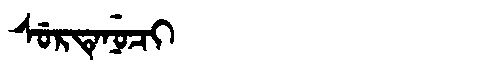
Manchu: ᠰᡠᡵᡨᡝᠨᡠᠴᡳ
Romanization: SURTENUCI